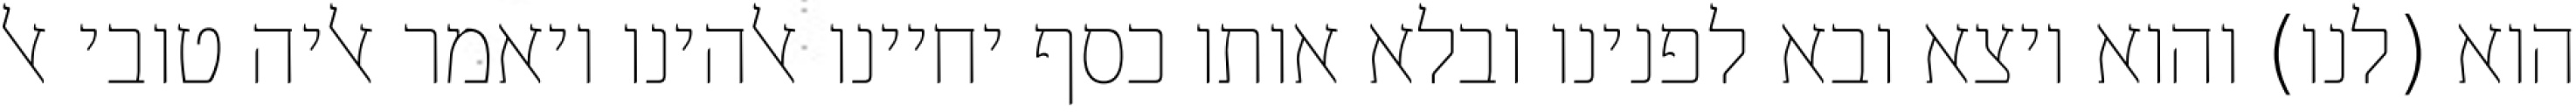
הוא (לנו) והוא יוצא ובא לפנינו ובלא אותו כסף יחיינו אלהינו ויאמר אליה טובי אל